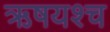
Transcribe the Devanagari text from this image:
ऋषयश्च